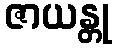
ဇာယန္တု